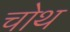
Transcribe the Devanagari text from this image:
चोथ